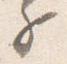
子